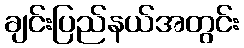
ချင်းပြည်နယ်အတွင်း